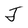
Character: J